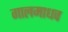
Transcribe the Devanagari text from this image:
गालमाधव